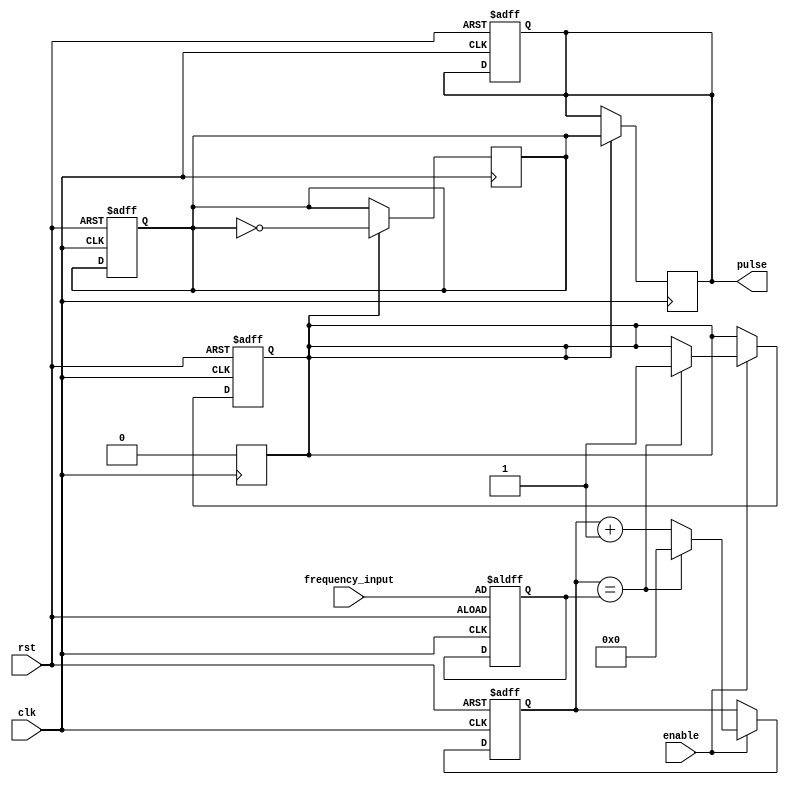
module Variable_Frequency_Pulse_Generator (
    input wire clk,
    input wire rst,
    input wire enable,
    input wire [7:0] frequency_input,
    output reg pulse
);

reg [7:0] counter;
reg [7:0] divider;
reg sync;
reg new_clk;

always @(posedge clk or posedge rst) begin
    if (rst) begin
        counter <= 8'd0;
        divider <= frequency_input;
        sync <= 1'b0;
        new_clk <= 1'b0;
        pulse <= 1'b0;
    end else if (enable) begin
        if (counter == divider) begin
            sync <= 1'b1;
            counter <= 8'd0;
        end else begin
            counter <= counter + 8'd1;
        end
    end
end

always @(posedge clk) begin
    if (sync) begin
        new_clk <= ~new_clk;
        pulse <= new_clk;
        sync <= 1'b0;
    end
end

endmodule